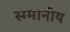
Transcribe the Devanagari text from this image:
स्म्मानीय